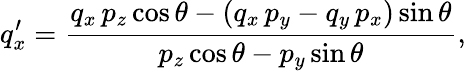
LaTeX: q_{x}^{\prime}=\frac{q_{x}\, p_{z}\cos\theta-(q_{x}\, p_{y}-q_{y}\, p_{x})\sin\theta}{p_{z}\cos\theta-p_{y}\sin\theta},\,